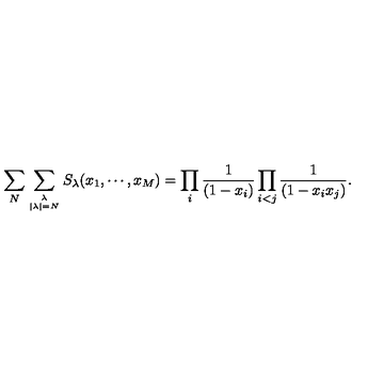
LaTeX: \sum _ { N } \sum _ { \lambda \atop { | \lambda | = N } } S _ { \lambda } ( x _ { 1 } , \cdots , x _ { M } ) = \prod _ { i } { \frac { 1 } { ( 1 - x _ { i } ) } } \prod _ { i < j } { \frac { 1 } { ( 1 - x _ { i } x _ { j } ) } } .